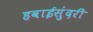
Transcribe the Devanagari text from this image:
हवाईसुंदरी